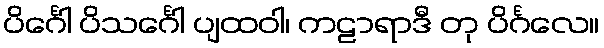
ပိင်္ဂေါ ပိသင်္ဂေါ ပျထဝါ၊ ကဠာရာဒီ တု ပိင်္ဂလေ။